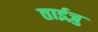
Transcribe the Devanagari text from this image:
ताईज़ु